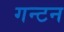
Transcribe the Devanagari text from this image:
गन्टन